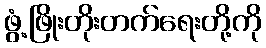
ဖွံ့ဖြိုးတိုးတက်ရေးတို့ကို